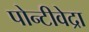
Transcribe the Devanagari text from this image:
पोन्टीवेद्रा